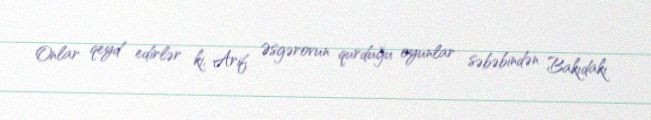
Onlar qeyd edirlər ki, Arif Əsgərovun qurduğu oyunlar səbəbindən Bakıdakı